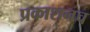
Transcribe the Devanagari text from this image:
प्रकाशनच